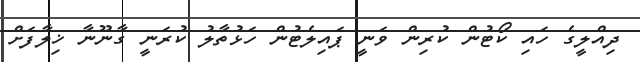
ދިއްލީގެ ހައި ކޯޓުން ކުރިން ވަނީ ޕައިލެޓުން ހަޅުތާލު ކުރަނީ ގާނޫނާ ޚިލާފަށް